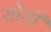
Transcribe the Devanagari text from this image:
सोवी